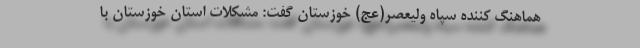
هماهنگ کننده سپاه ولیعصر(عج) خوزستان گفت: مشکلات استان خوزستان با